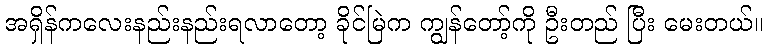
အရှိန်ကလေးနည်းနည်းရလာတော့ ခိုင်မြဲက ကျွန်တော့်ကို ဦးတည် ပြီး မေးတယ်။